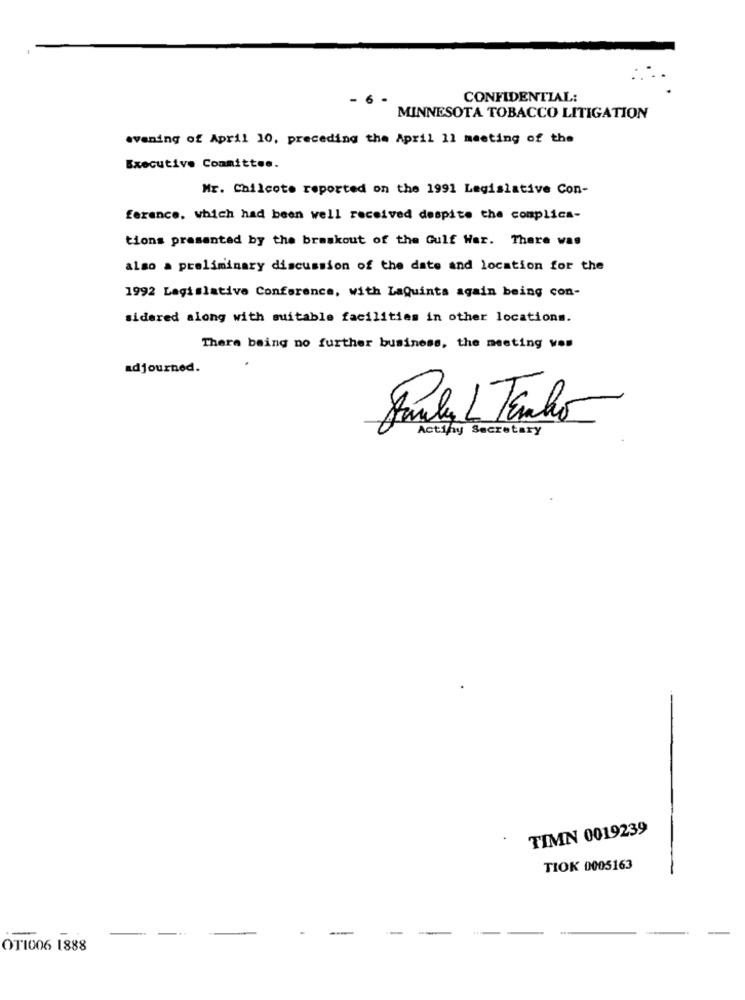
- 6 .
CONFIDENTIAL:
MINNESOTA TOBACCO LITIGATION
evening of April 10, preceding the April 11 meeting of the
Executive Committee.
Mr. Chilcote reported on the 1991 Legislative Con-
ferance, which had been well received despite the complica-
tions presented by the braskout of the Gulf War. There was
also a preliminary discussion of the date and location for the
1992 Legislative Conference, with LaQuinta again being con-
sidered along with suitable facilities in other locations.
There being no further business, the meeting von
adjourned.
Paula L Tenho
Actiny Secretary
TIMN 0019239
TIOK 0005163
---
--
OT1006 1888